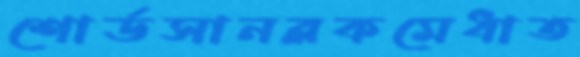
শোর্ডসানব্লকমেধাত